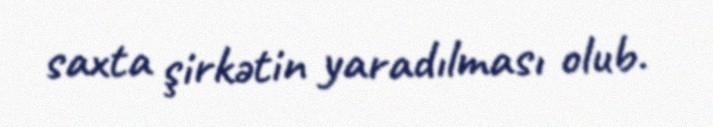
saxta şirkətin yaradılması olub.